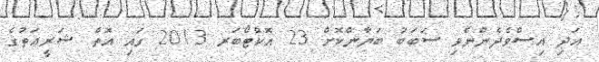
އަދި އިސްވެދެންނެވި ސަބަބު ބަޔާންކޮށް 23 އޮކްޓޯބަރ 2013 ގައި އޮތް ޝަރީޢަތުގެ